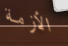
الأزمة